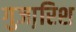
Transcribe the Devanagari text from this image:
गुजा़रिश